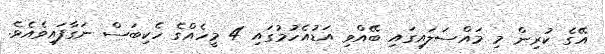
އޭގެ ކުރިން މި މައްސަލައިގައި ބޭއްވި އަޑުއެހުމުގައި 4 މީހެއްގެ ހެކިބަސް ނަގާފައިވެއެވެ.